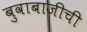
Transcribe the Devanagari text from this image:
बुवाबाजीची